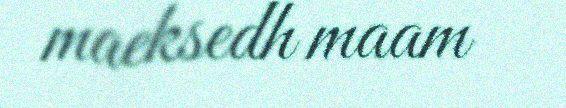
maeksedh maam